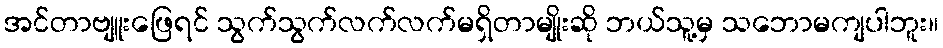
အင်တာဗျူးဖြေရင် သွက်သွက်လက်လက်မရှိတာမျိုးဆို ဘယ်သူ့မှ သဘောမကျပါဘူး။